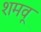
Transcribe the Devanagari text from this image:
शमवू